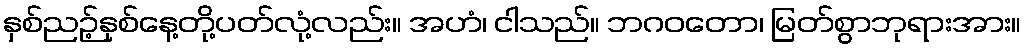
နှစ်ညဉ့်နှစ်နေ့တို့ပတ်လုံ့လည်း။ အဟံ၊ ငါသည်။ ဘဂဝတော၊ မြတ်စွာဘုရားအား။